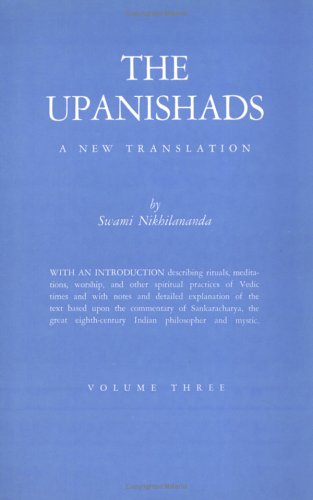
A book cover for Upanishads, Volume 3; Religion & Spirituality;